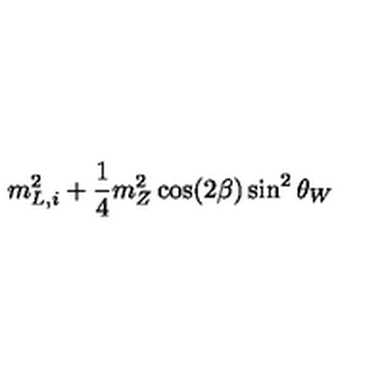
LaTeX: m _ { L , i } ^ { 2 } + \frac { 1 } { 4 } m _ { Z } ^ { 2 } \cos ( 2 \beta ) \sin ^ { 2 } \theta _ { W }